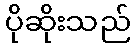
ပိုဆိုးသည်